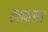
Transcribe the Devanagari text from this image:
रामप्रसाड